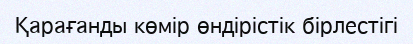
Қарағанды көмір өндірістік бірлестігі